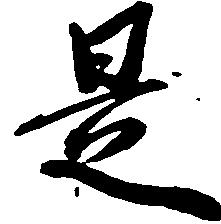
是